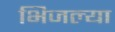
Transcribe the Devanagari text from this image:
भिजल्या